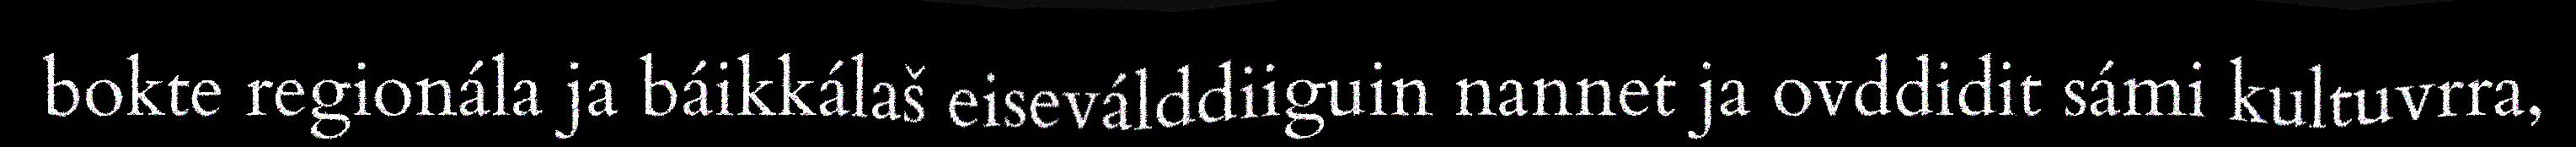
bokte regionála ja báikkálaš eiseválddiiguin nannet ja ovddidit sámi kultuvrra,